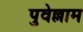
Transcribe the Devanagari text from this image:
पुवेल्लाम